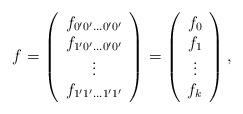
LaTeX: \begin{align*} f=\left(\begin{array}{c}f_{0'0'\ldots 0'0'}\\f_{1'0'\ldots 0'0'}\\ \vdots \\f_{1'1'\ldots 1'1'}\end{array}\right)=\left(\begin{array}{c}f_{0 }\\f_{1 }\\\vdots\\f_{k }\end{array}\right),\end{align*}